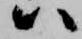
ハ